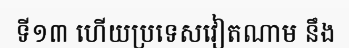
ទី១៣ ហើយប្រទេសវៀតណាម នឹង